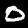
Digit: 0